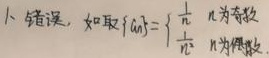
错误，如取\(\{a_n\}=\begin{cases}\frac{1}{n} & \text{$n$为奇数}\\\frac{1}{\sqrt{n}} & \text{$n$为偶数}\end{cases}\)